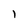
Character: 1